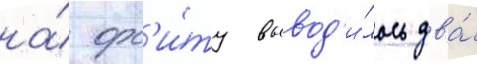
на́ орб'и́ту вывод'и́лось два́